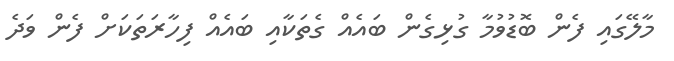
މާލޭގައި ފެން ބޮޑުވުމާ ގުޅިގެން ބައެއް ގެތަކާއި ބައެއް ފިހާރަތަކަށް ފެން ވަދެ